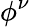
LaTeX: \phi^{\nu}